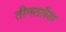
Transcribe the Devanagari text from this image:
तीनतलैया